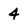
Character: 4